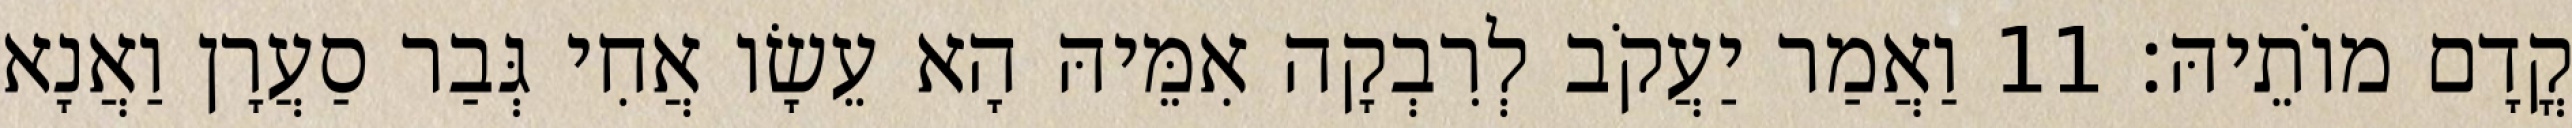
קֳדָם מוֹתֵיהּ׃ 11 וַאֲמַר יַעֲקֹב לְרִבְקָה אִמֵּיהּ הָא עֵשָׂו אֲחִי גְּבַר סַעֲרָן וַאֲנָא